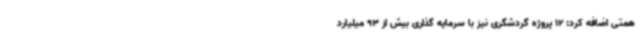
همتی اضافه کرد: 12 پروژه گردشگری نیز با سرمایه گذاری بیش از 93 میلیارد